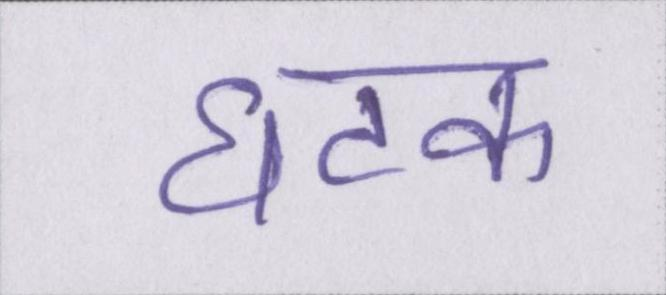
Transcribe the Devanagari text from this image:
घटक